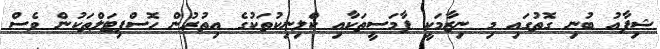
ޝިފާއު ބުނި ގޮތުގައި މި ނިޒާމަކީ ފާމަސީތަކާއި ކްލިނިކުތަކުގެ އިތުރުން ހޮސްޕިޓަލްތަކުން ވެސް